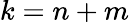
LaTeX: k=n+m